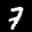
Label: 7